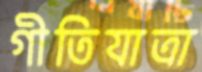
গীতিযাত্রা